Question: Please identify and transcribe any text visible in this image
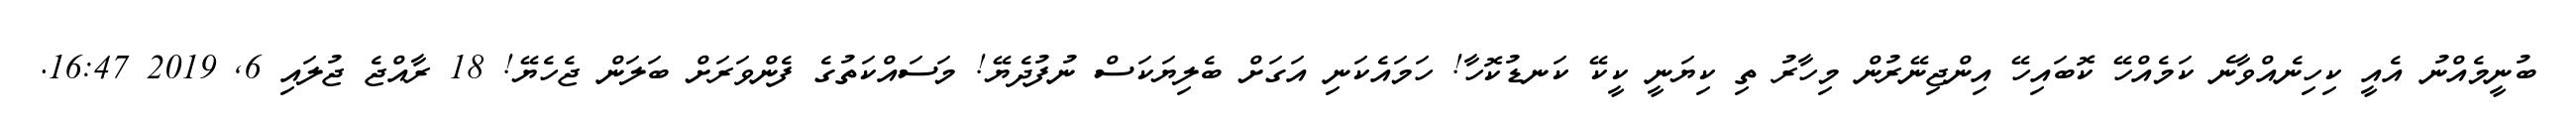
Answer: ބުނީމެއްނު އެއީ ކިހިނެއްވާނެ ކަމެއްހޭ ކޮބައިހޭ އިންޖިނޭރުން މިހާރު ތި ކިޔަނީ ކީކޭ ކަނޑުކޮހާ! ހަމައެކަނި އަގަށް ބެލިޔަކަސް ނުފުދެޔޭ! މަސައްކަތުގެ ފެންވަރަށް ބަލަން ޖެހެޔޭ! 18 ރާއްޖެ ޖުލައި 6, 2019 16:47.